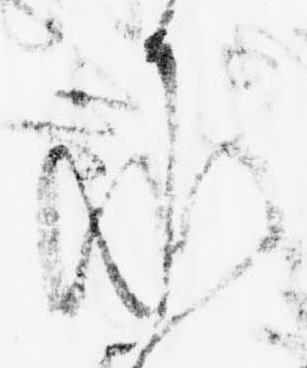
承